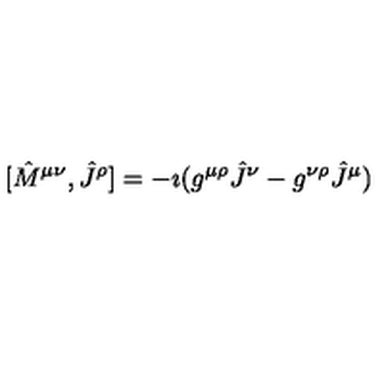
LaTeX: [ { \hat { M } } ^ { \mu \nu } , { \hat { J } } ^ { \rho } ] = - \imath ( g ^ { \mu \rho } { \hat { J } } ^ { \nu } - g ^ { \nu \rho } { \hat { J } } ^ { \mu } )